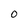
Character: O